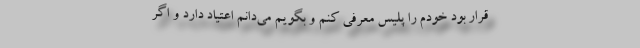
قرار بود خودم را پلیس معرفی کنم و بگویم می‌دانم اعتیاد دارد و اگر